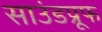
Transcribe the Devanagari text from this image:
साउंडप्रूफ